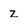
Character: z